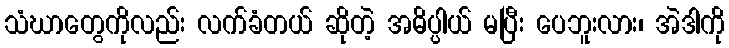
သံဃာတွေကိုလည်း လက်ခံတယ် ဆိုတဲ့ အဓိပ္ပါယ် မပြီး ပေဘူးလား၊ အဲဒါကို